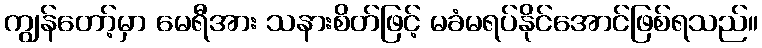
ကျွန်တော့်မှာ မေရီအား သနားစိတ်ဖြင့် မခံမရပ်နိုင်အောင်ဖြစ်ရသည်။